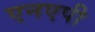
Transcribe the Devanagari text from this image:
एनएपी